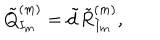
LaTeX: \tilde { Q } _ { I _ { m } } ^ { ( m ) } = \tilde { d } \tilde { R } _ { I _ { m } } ^ { ( m ) } ,